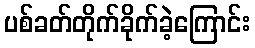
ပစ်ခတ်တိုက်ခိုက်ခဲ့ကြောင်း